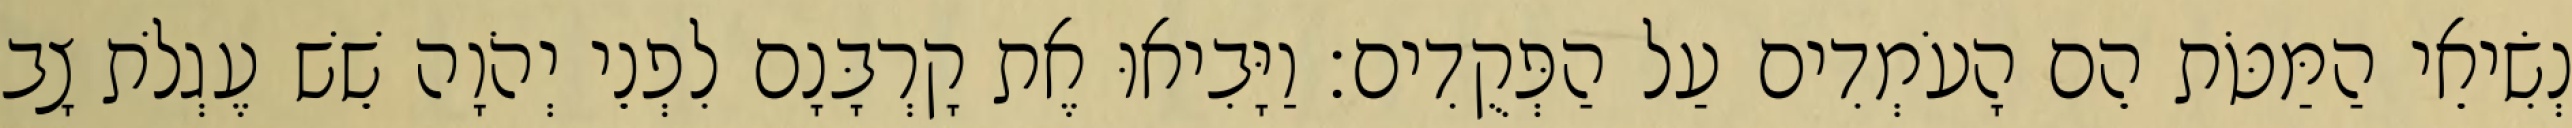
נְשִׂיאֵי הַמַּטֹּת הֵם הָעֹמְדִים עַל הַפְּקֻדִים׃ וַיָּבִיאוּ אֶת קָרְבָּנָם לִפְנֵי יְהֹוָה שֵׁשׁ עֶגְלֹת צָב